Civil Veterinary Dept. North-West Frontier Province 1901-22 - 1901-1922
Year: 1901
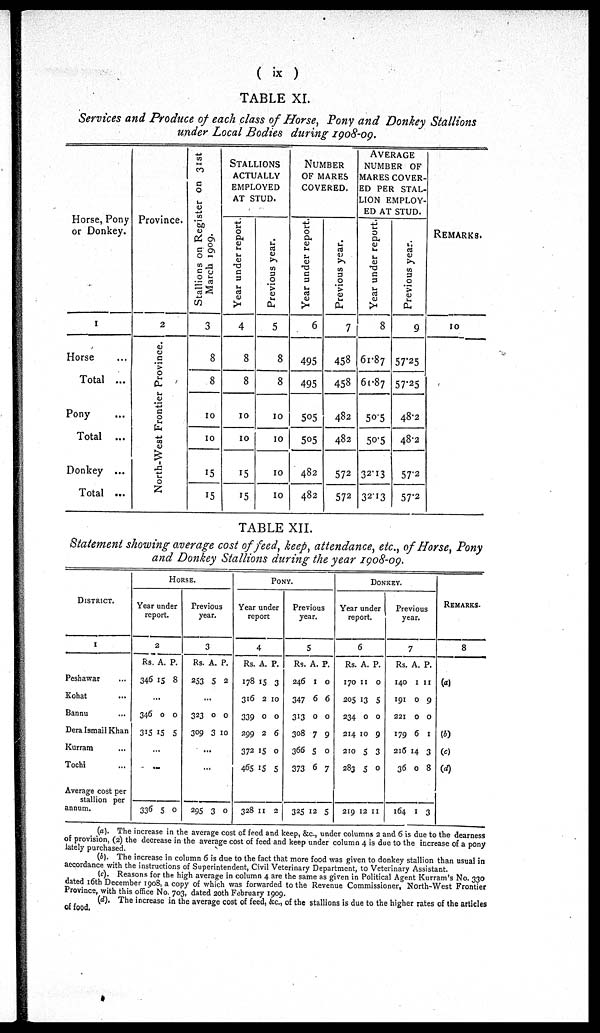
( ix )
TABLE XI.
Services and Produce of each class of Horse, Pony and Donkey Stallions
under Local Bodies during 1908-09.
Horse, Pony
or Donkey.
1
Horse ...
Total ...
Pony ...
Total ...
Donkey ...
Total ...
Province.
2
North-West Frontier Province.
Stallions on Register on 31st
March 1909.
3
8
8
10
10
15
15
STALLIONS
ACTUALLY
EMPLOYED
AT STUD.
Year under report.
4
8
8
10
10
15
15
Previous year.
5
8
8
10
10
10
10
NUMBER
OF MARES
COVERED.
Year under report.
6
495
495
505
505
482
482
Previous year.
7
458
453
482
482
572
572
AVERAGE
NUMBER OF
MARES COVER-
ED PER STAL-
LION EMPLOY-
ED AT STUD.
Year under report.
8
61.87
61.87
50.5
50.5
32.13
32.13
Previous year.
9
57.25
57.25
48.2
48.2
57.2
57.2
REMARKS.
10
TABLE XII.
Statement showing average cost of feed, keep, attendance, etc., of Horse, Pony
and Donkey Stallions during the year 1908-09.
DISTRICT.
1
Peshawar ...
Kohat ...
Bannu ...
Dera Ismail Khan
Kurram
Tochi ...
Average cost per
stallion per
annum.
HORSE.
Year under
report.
2
Rs.
346
346
315
336
A.
15
..
0
15
...
...
5
P.
8
0
5
0
Previous
year.
3
Rs.
253
...
323
309
295
A.
5
0
3
...
...
3
P.
2
0
10
0
PONY.
Year under
report
4
Rs.
178
316
339
299
372
465
328
A.
15
2
0
2
15
15
11
P.
3
10
0
6
0
5
2
Previous
year.
5
Rs.
246
347
313
308
366
373
325
A.
1
6
0
7
5
6
12
P.
0
6
0
9
0
7
5
DONKEY.
Year under
report.
6
Rs.
170
205
234
214
210
283
219
A.
11
13
0
10
5
5
12
P.
0
5
0
9
3
0
11
Previous
year.
7
Rs.
140
191
221
179
216
36
164
A.
1
0
0
6
14
0
1
P.
11
9
0
1
3
8
3
REMARKS.
8
(a)
(b)
(c)
(d)
(a). The increase in the average cost of feed and keep, &c., under columns 2 and 6 is due to the dearness
of provision, (2) the decrease in the average cost of feed and keep under column 4 is due to the increase of a pony
lately purchased.
(b). The increase in column 6 is due to the fact that more food was given to donkey stallion than usual in
accordance with the instructions of Superintendent, Civil Veterinary Department, to Veterinary Assistant.
(c). Reasons for the high average in column 4 are the same as given in Political Agent Kurram's No. 330
dated 16th December 1908, a copy of which was forwarded to the Revenue Commissioner, North-West Frontier
Province, with this office No. 703, dated 20th February 1909.
(d). The increase in the average cost of feed, &c., of the stallions is due to the higher rates of the articles
of food.